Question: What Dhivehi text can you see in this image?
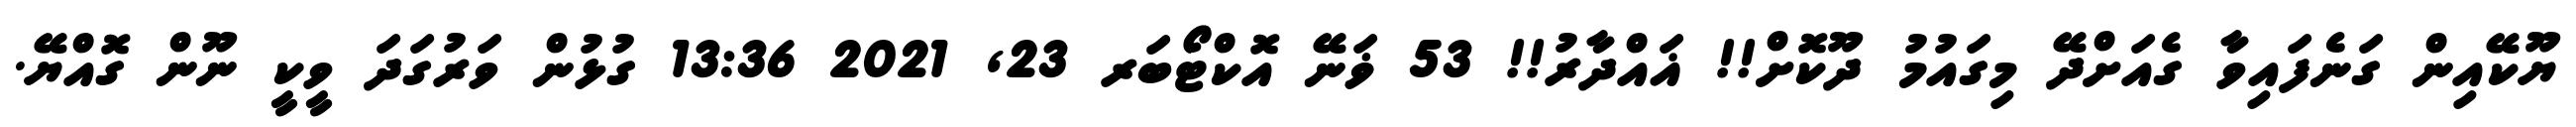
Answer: ޔޫކޭއިން ގަނެފައިވާ ގެއަށްދޭ މިގައުމު ދޫކޮށް!! ޣައްދާރު!! 53 ޥަނޭ އޮކްޓޯބަރ 23, 2021 13:36 ގުޅުން ވަރުގަދަ ވީކީ ނޫން ގޮއްޔޭ.